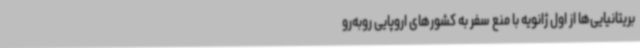
بریتانیایی‌ها از اول ژانویه با منع سفر به کشورهای اروپایی روبه‌رو